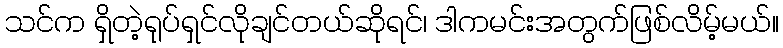
သင်က ရှိတဲ့ရုပ်ရှင်လိုချင်တယ်ဆိုရင်၊ ဒါကမင်းအတွက်ဖြစ်လိမ့်မယ်။